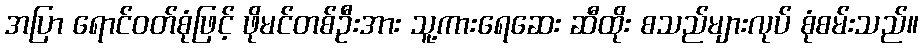
အပြာ ရောင်ဝတ်စုံဖြင့် ဖိုမင်တစ်ဦးအား သူ့ကားရေဆေး ဆီထိုး စသည်များလုပ် စုံစမ်းသည်။